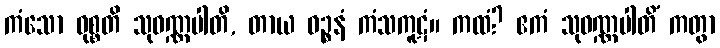
ကံသော ဝုစ္စတိ သုဝဏ္ဏပါတိ, တာယ ဝဉ္စနံ ကံသကူဋံ။ ကထံ? ဧကံ သုဝဏ္ဏပါတိံ ကတွာ